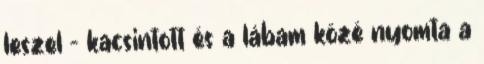
leszel - kacsintott és a lábam közé nyomta a